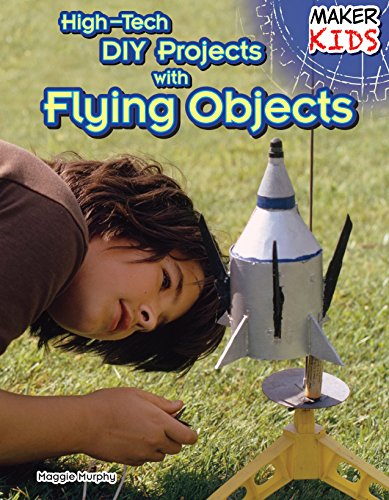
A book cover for High-Tech DIY Projects With Flying Objects (Maker Kids); Maggie Murphy; Children's Books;